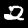
Label: 2